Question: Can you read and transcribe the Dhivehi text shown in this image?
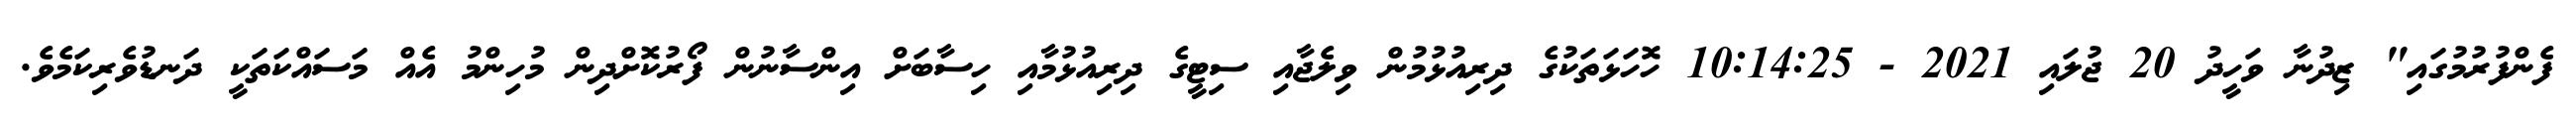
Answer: ފެންފުރުމުގައި" ޒިދުނާ ވަހީދު 20 ޖުލައި 2021 - 10:14:25 ހޮހަޅަތަކުގެ ދިރިއުޅުމުން ވިލެޖާއި ސިޓީގެ ދިރިއުޅުމާއި ހިސާބަށް އިންސާނުން ފޯރުކޮށްދިން މުހިންމު އެއް މަސައްކަތަކީ ދަނޑުވެރިކަމެވެ.